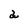
Character: a